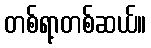
တစ်ရာ့တစ်ဆယ်။